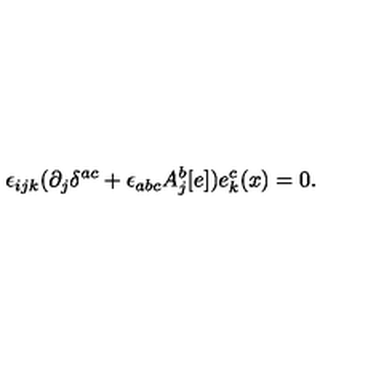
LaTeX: \epsilon _ { i j k } ( \partial _ { j } \delta ^ { a c } + \epsilon _ { a b c } A _ { j } ^ { b } [ e ] ) e _ { k } ^ { c } ( x ) = 0 .